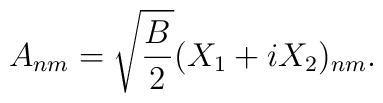
A_{nm} = \sqrt{B \over 2} (X_1 + i X_2)_{nm}.